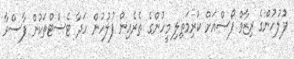
ފުލުހުންގެ ރިޒާވް ފޯސްއަށް ކުރިމަތިލި މީހުންގެ ތެރެއިން ފުލުހުން ހަދާ ޓެސްޓްތަކުން ފާސްވާ